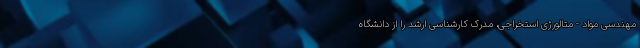
مهندسی مواد - متالورژی استخراجی، مدرک کارشناسی ارشد را از دانشگاه